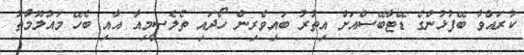
ކުރައްވާ ބޭފުޅުންގެ ޑޭޓާބޭސްއަށް އިތުރު ބައިވެރިން ހޯދައި ތެލެސީމިއާ އާއި ބެހޭ މައުލޫމާތު